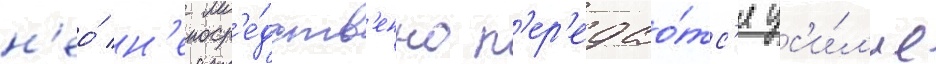
н'ео́ н'епоср'е́дств'енно п'ер'едао́тс'я ус'и́л'ие